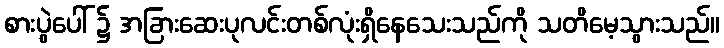
စားပွဲပေါ် ၌ အခြားဆေးပုလင်းတစ်လုံးရှိနေသေးသည်ကို သတိမေ့သွားသည်။